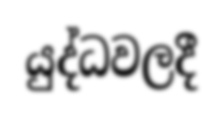
යුද්ධවලදී